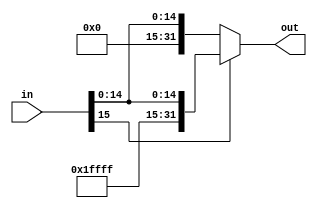
`timescale 1ns / 1ps
//////////////////////////////////////////////////////////////////////////////////
// Company: 
// Engineer: 
// 
// Design Name: 
// Module Name: SignExtend_Unit
// Project Name: 
// Target Devices: 
// Tool Versions: 
// Description: 
// 
// Dependencies: 
// 
// Revision:
// Revision 0.01 - File Created
// Additional Comments:
// 
//////////////////////////////////////////////////////////////////////////////////


module SignExtend_Unit(
    input [15:0]in,
    output [31:0]out
    );
    assign out=(in[15]==0)?{16'h0000,in}:{16'hffff,in};
endmodule